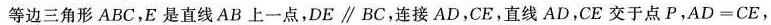
等边三角形ABC，E是直线AB上一点，DE \parallel BC，连接AD，CE，直线AD，CE交于点P，$$A D = C E$$，